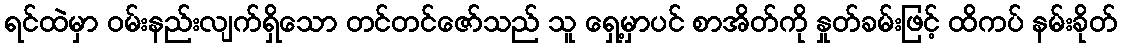
ရင်ထဲမှာ ဝမ်းနည်းလျက်ရှိသော တင်တင်ဇော်သည် သူ ရှေ့မှာပင် စာအိတ်ကို နှုတ်ခမ်းဖြင့် ထိကပ် နမ်းခိုတ်